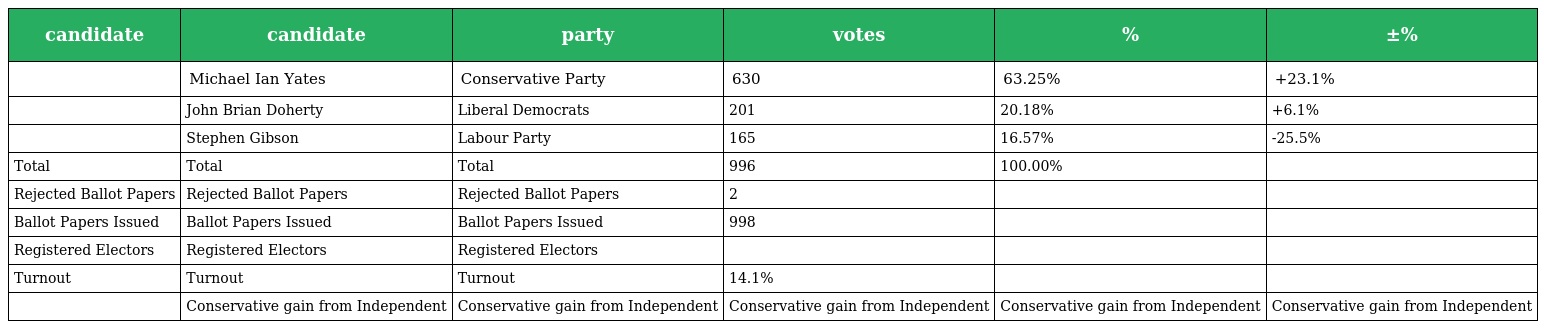
| candidate | candidate | party | votes | % | ±% |
 | --- | --- | --- | --- | --- | --- |
 |  | Michael Ian Yates | Conservative Party | 630 | 63.25% | +23.1% |
 |  | John Brian Doherty | Liberal Democrats | 201 | 20.18% | +6.1% |
 |  | Stephen Gibson | Labour Party | 165 | 16.57% | -25.5% |
 | Total | Total | Total | 996 | 100.00% |  |
 | Rejected Ballot Papers | Rejected Ballot Papers | Rejected Ballot Papers | 2 |  |  |
 | Ballot Papers Issued | Ballot Papers Issued | Ballot Papers Issued | 998 |  |  |
 | Registered Electors | Registered Electors | Registered Electors |  |  |  |
 | Turnout | Turnout | Turnout | 14.1% |  |  |
 |  | Conservative gain from Independent | Conservative gain from Independent | Conservative gain from Independent | Conservative gain from Independent | Conservative gain from Independent |